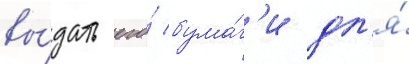
вы́дать его́ бума́г'и дл'я́